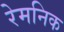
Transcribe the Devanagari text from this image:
रेमनिक